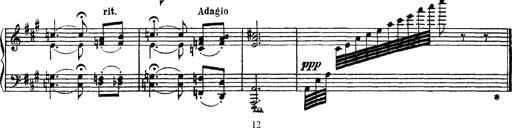
Title: Apparitions
Composer: Franz Liszt